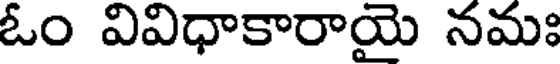
ఓం వివిధాకారాయై నమః